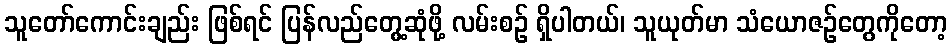
သူတော်ကောင်းချည်း ဖြစ်ရင် ပြန်လည်တွေ့ဆုံဖို့ လမ်းစဉ် ရှိပါတယ်၊ သူယုတ်မာ သံယောဇဉ်တွေကိုတော့